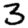
Digit: 3